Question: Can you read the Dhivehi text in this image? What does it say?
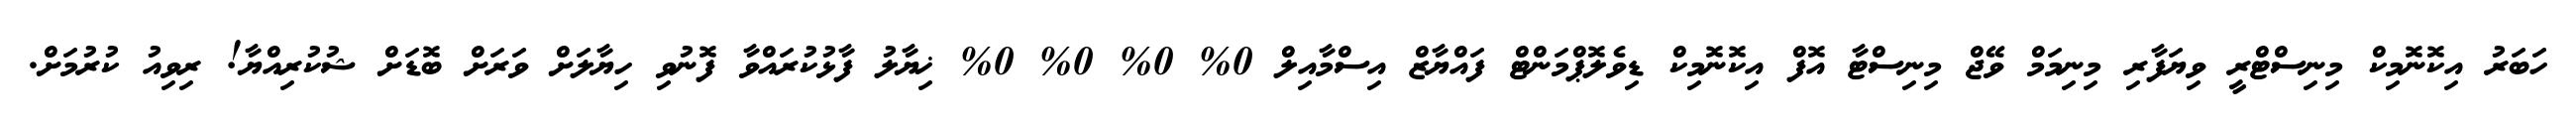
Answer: ހަބަރު އިކޮނޮމިކް މިނިސްޓްރީ ވިޔަފާރި މިނިމަމް ވޭޖް މިނިސްޓާ އޮފް އިކޮނޮމިކް ޑިވެލޮޕްމަންޓް ފައްޔާޒް އިސްމާއިލް 0% 0% 0% 0% ޚިޔާލު ފާޅުކުރައްވާ ފޮނުވި ހިޔާލަށް ވަރަށް ބޮޑަށް ޝުކުރިއްޔާ! ރިވިއު ކުރުމަށް.